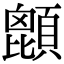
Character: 𩔙